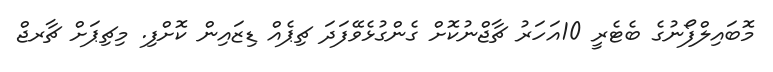
މޮބައިލްފޯނުގެ ބެޓެރީ 10އަހަރު ޗާޖްނުކޮށް ގެންގުޅެވޭފަދަ ޗިޕެއް ޑިޒައިން ކޮށްފި. މިޗިޕަށް ޗާރޖް